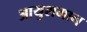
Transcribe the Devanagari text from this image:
आयुशमान